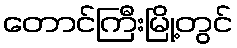
တောင်ကြီးမြို့တွင်